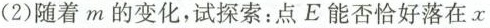
(2)随着m的变化，试探索：点E能否恰好落在x